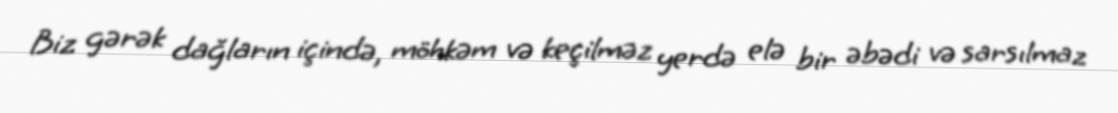
Biz gərək dağların içində, möhkəm və keçilməz yerdə elə bir əbədi və sarsılmaz